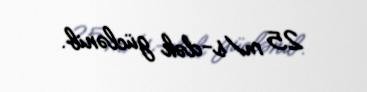
25 m/s-dək güclənib.